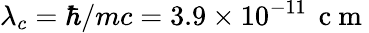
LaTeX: \lambda_{c}=\hbar/mc=3.9\times 10^{-11}\, \mathrm{~c~m~}